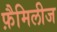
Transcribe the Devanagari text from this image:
फ़ैमिलीज